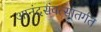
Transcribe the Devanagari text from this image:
आनंदसंवत्सांतर्गत